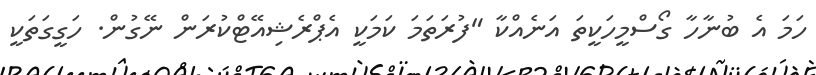
ހަމަ އެ ބުނާހާ ގޯސްމީހަކީތަ އަނެއްކާ "ފުރަތަމަ ކަމަކީ އެޕްރެޝިއޭޓްކުރަން ނޭގުން. ހަގީގަތަކީ